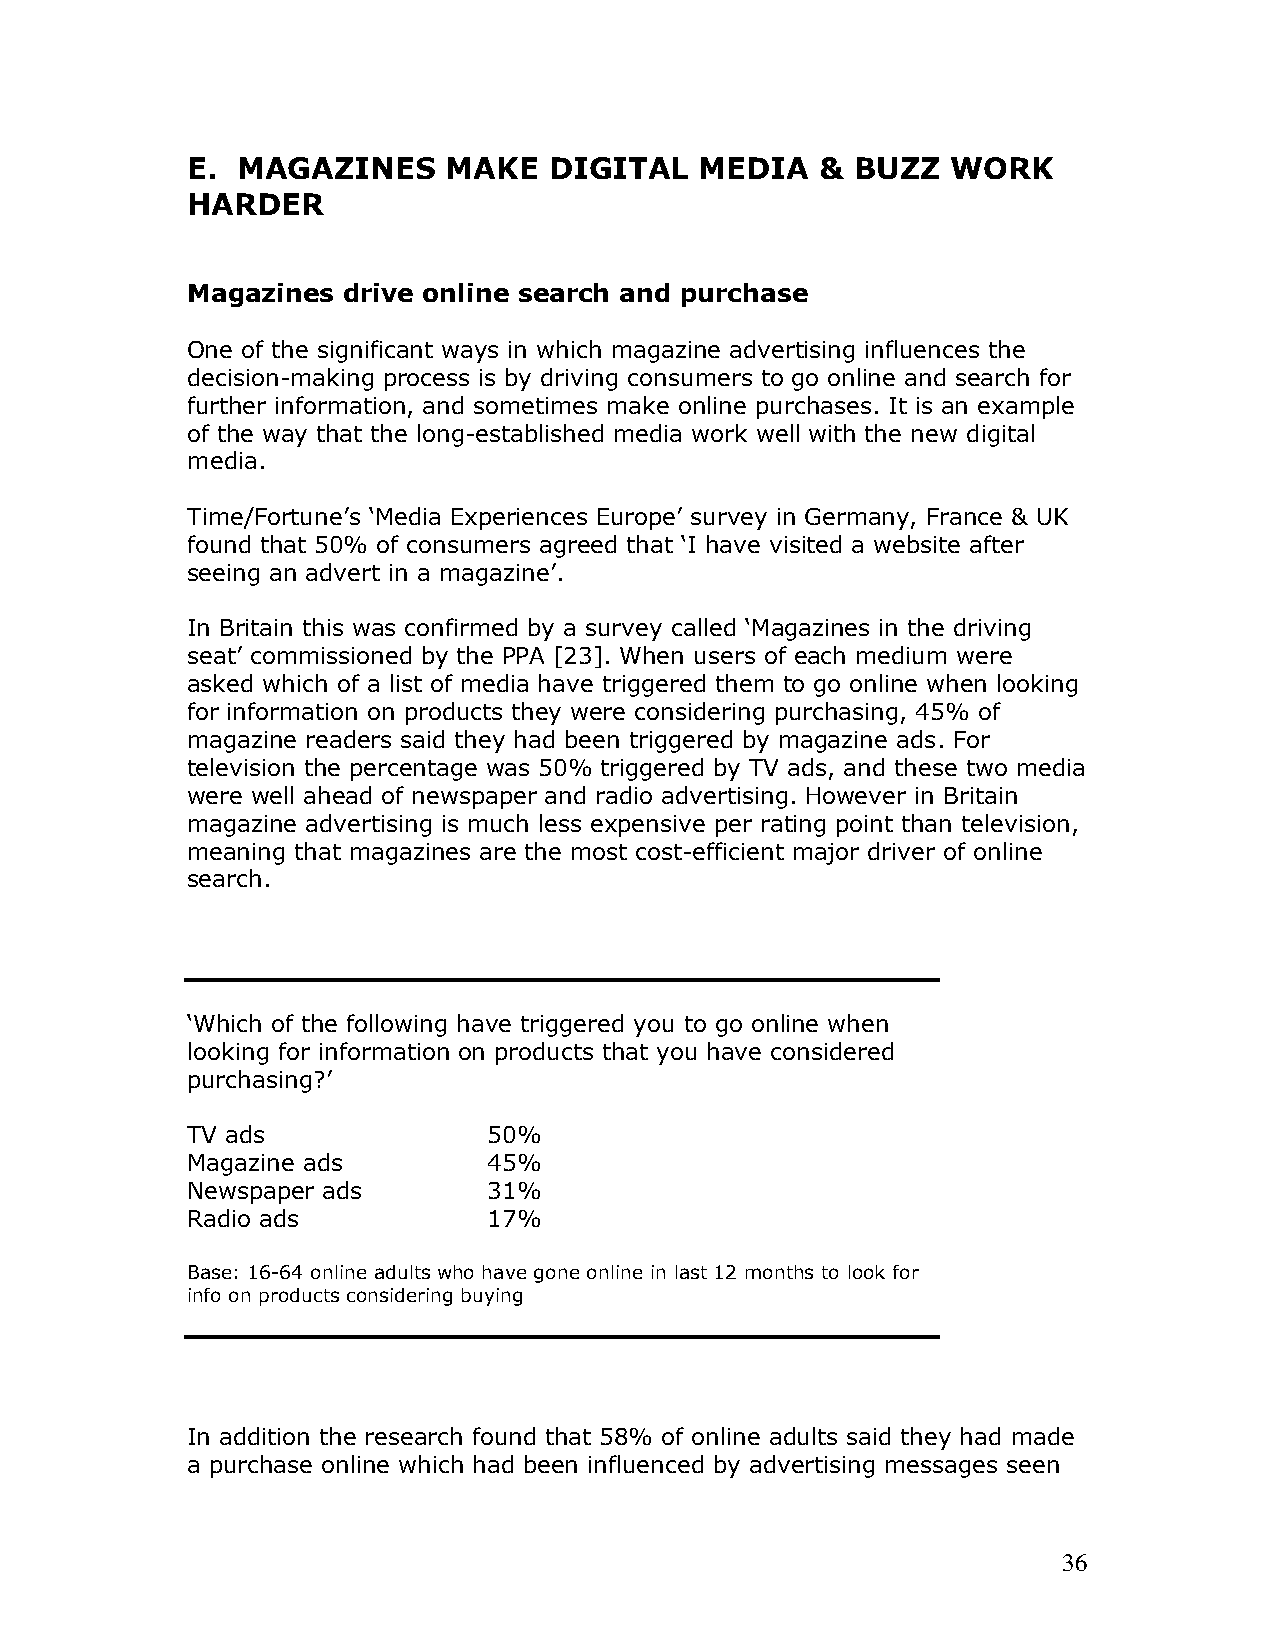
E.  MAGAZINES     MAKE  DIGITAL   MEDIA   &  BUZZ  WORK
 HARDER
 Magazines  drive online search and purchase
 One of the significant ways in which magazine advertising influences the
 decision-making process is by driving consumers to go online and search for
 further information, and sometimes make online purchases. It is an example
 of the way that the long-established media work well with the new digital
 media.
 Time/Fortune’s ‘Media Experiences Europe’ survey in Germany, France & UK
 found that 50% of consumers agreed that ‘I have visited a website after
 seeing an advert in a magazine’.
 In Britain this was confirmed by a survey called ‘Magazines in the driving
 seat’ commissioned by the PPA [23]. When users of each medium were
 asked which of a list of media have triggered them to go online when looking
 for information on products they were considering purchasing, 45% of
 magazine readers said they had been triggered by magazine ads. For
 television the percentage was 50% triggered by TV ads, and these two media
 were well ahead of newspaper and radio advertising. However in Britain
 magazine advertising is much less expensive per rating point than television,
 meaning that magazines are the most cost-efficient major driver of online
 search.
 ‘Which of the following have triggered you to go online when
 looking for information on products that you have considered
 purchasing?’
 TV ads              50%
 Magazine ads        45%
 Newspaper ads       31%
 Radio ads           17%
 Base: 16-64 online adults who have gone online in last 12 months to look for
 info on products considering buying
 In addition the research found that 58% of online adults said they had made
 a purchase online which had been influenced by advertising messages seen
 36